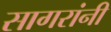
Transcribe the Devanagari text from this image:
सागरांनी